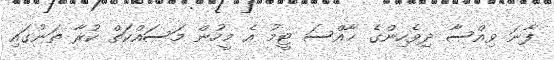
ފާނަ ވިއްސާ ދިވެހިންގެ ޚާއްސަ ޓީމު އެ މީހުން މަސައްކަތް ކުރާ ތަނުގައި